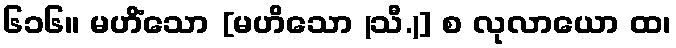
၆၁၆။ မဟိံသော [မဟိသော (သီ.)] စ လုလာယော ထ၊